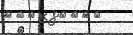
٥